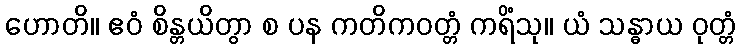
ဟောတိ။ ဧဝံ စိန္တယိတွာ စ ပန ကတိကဝတ္တံ ကရိံသု။ ယံ သန္ဓာယ ဝုတ္တံ